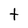
Character: t